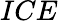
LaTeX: ICE